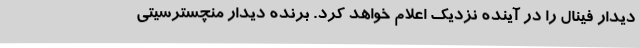
دیدار فینال را در آینده نزدیک اعلام خواهد کرد. برنده دیدار منچسترسیتی